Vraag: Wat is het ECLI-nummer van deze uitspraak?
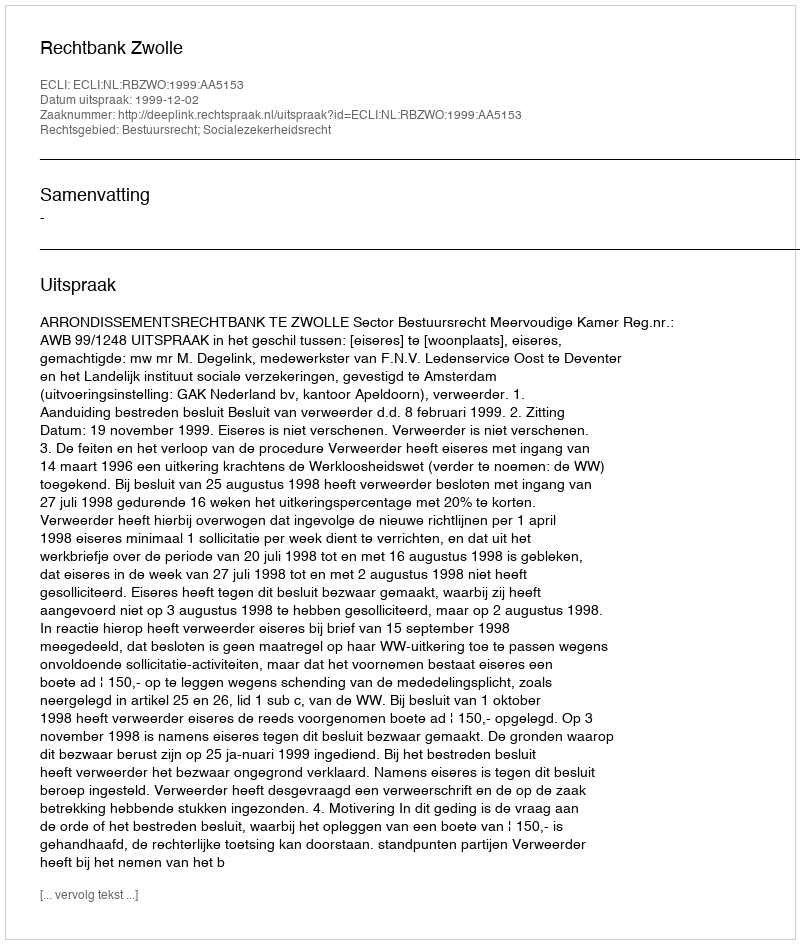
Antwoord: ECLI:NL:RBZWO:1999:AA5153